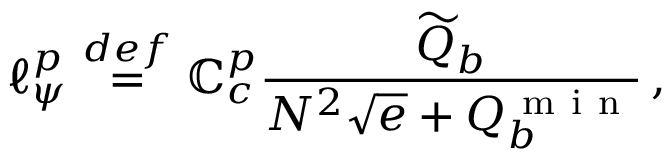
\ell _ { \psi } ^ { p } \ensuremath { \stackrel { \r { d e f } } { = } } \mathbb { C } _ { c } ^ { p } \frac { \widetilde Q _ { b } } { N ^ { 2 } \sqrt { e } + Q _ { b } ^ { \mathrm { ~ m ~ i ~ n ~ } } } \, ,